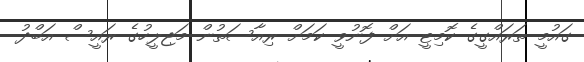
ގައުމީ ތަރައްގީގެ ކޮމިޓީ އަށް ފޮނުވީ ކަމަށް ރިއާސަތުން މަޖިލީހުގެ ރައީސް އަބްދު